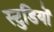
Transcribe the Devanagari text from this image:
स्टुडियों